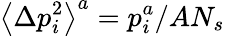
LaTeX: \left\langle\Delta p_{i}^{2}\right\rangle^{a}=p_{i}^{a}/AN_{s}